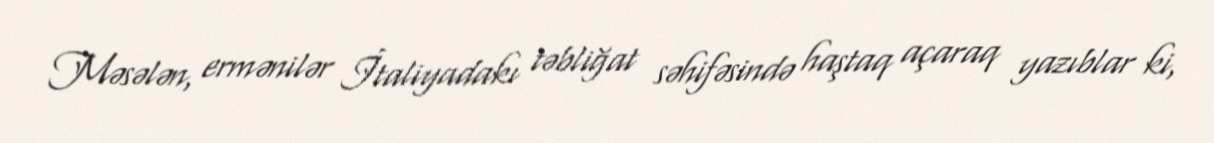
Məsələn, ermənilər İtaliyadakı təbliğat səhifəsində haştaq açaraq yazıblar ki,